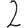
Digit: 2